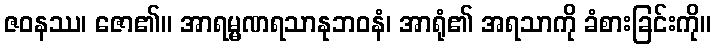
ဇဝနဿ၊ ဇော၏။ အာရမ္မဏရသာနုဘဝနံ၊ အာရုံ၏ အရသာကို ခံစားခြင်းကို။